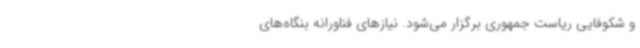
و شکوفایی ریاست جمهوری برگزار می‌شود. نیازهای فناورانه بنگاه‌های